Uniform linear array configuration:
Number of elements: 32
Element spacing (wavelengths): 0.5
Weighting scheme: hamming
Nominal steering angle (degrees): -60
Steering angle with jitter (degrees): -59.605
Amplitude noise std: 0.05
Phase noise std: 0.05

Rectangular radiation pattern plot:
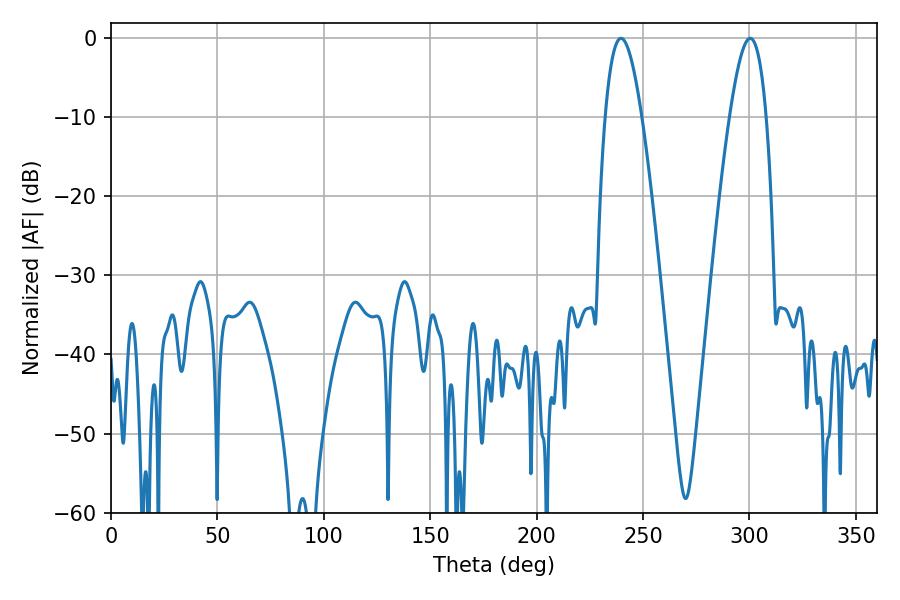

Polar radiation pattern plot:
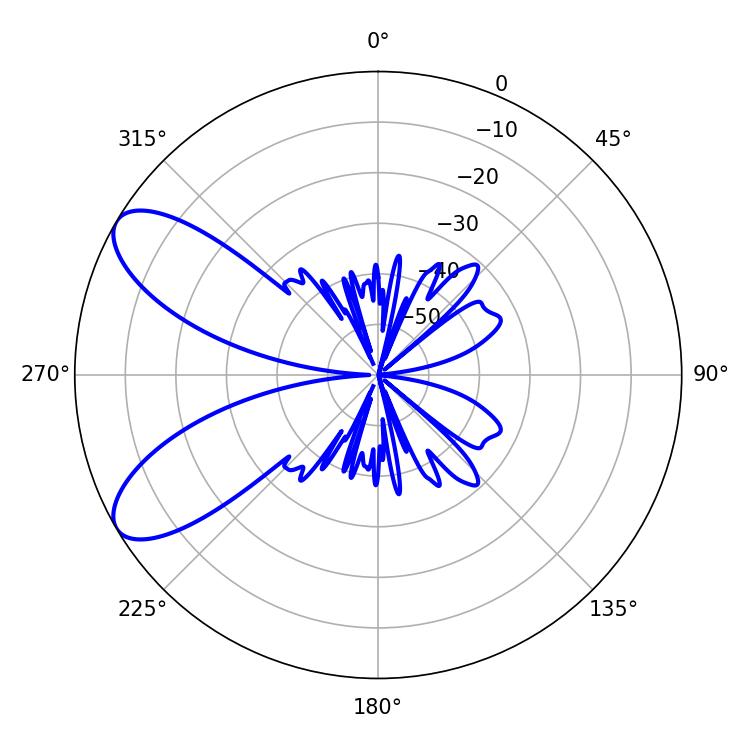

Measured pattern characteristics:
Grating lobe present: FALSE
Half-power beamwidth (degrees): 9.36
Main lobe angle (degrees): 239.58